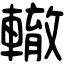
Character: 轍